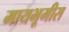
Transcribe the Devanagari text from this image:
मायभूमीस